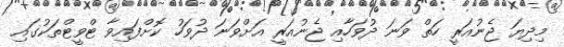
މިދިޔަ ޖެނުއަރީ ހަތް ވަނަ ދުވަހާއި ޖެނުއަރީ އަށްވަނަ ދުވަހު ކޮށްފައިވާ ޓްވީޓްތަކުގައި